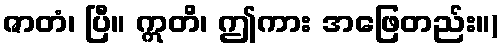
ဇာတံ၊ ပြီ။ ဣတိ၊ ဤကား အဖြေတည်း။)